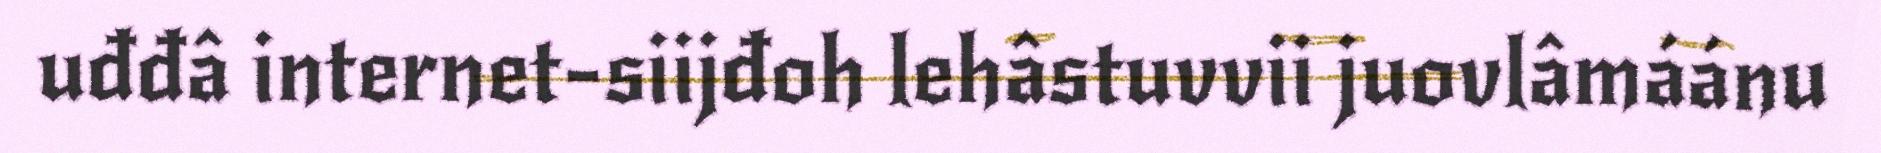
uđđâ internet-siijđoh lehâstuvvii juovlâmáánu